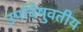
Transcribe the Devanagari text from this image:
उपविषुवतीय